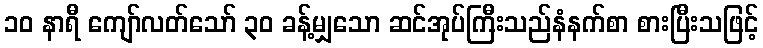
၁၀ နာရီ ကျော်လတ်သော် ၃၀ ခန့်မျှသော ဆင်အုပ်ကြီးသည်နံနက်စာ စားပြီးသဖြင့်